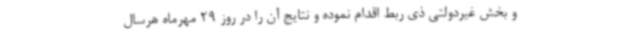
و بخش غیردولتی ذی ربط اقدام نموده و نتایج آن را در روز 29 مهرماه هرسال